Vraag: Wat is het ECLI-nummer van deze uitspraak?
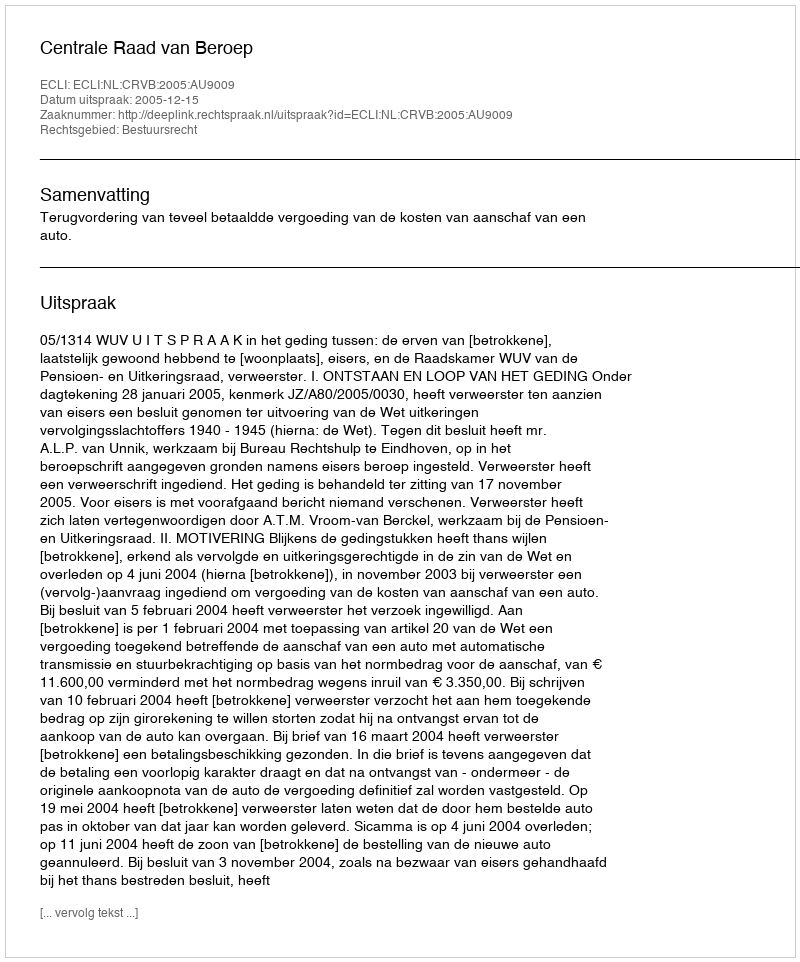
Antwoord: ECLI:NL:CRVB:2005:AU9009